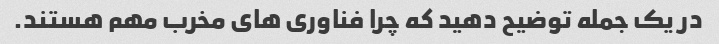
در یک جمله توضیح دهید که چرا فناوری های مخرب مهم هستند.